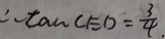
\therefore \tan C E D = \frac { 3 } { 4 }